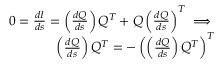
\begin{array} { r } { 0 = { \frac { d I } { d s } } = \left( { \frac { d Q } { d s } } \right) Q ^ { T } + Q \left( { \frac { d Q } { d s } } \right) ^ { T } \implies } \\ { \left( { \frac { d Q } { d s } } \right) Q ^ { T } = - \left( \left( { \frac { d Q } { d s } } \right) Q ^ { T } \right) ^ { T } } \end{array}